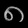
Digit: ၈